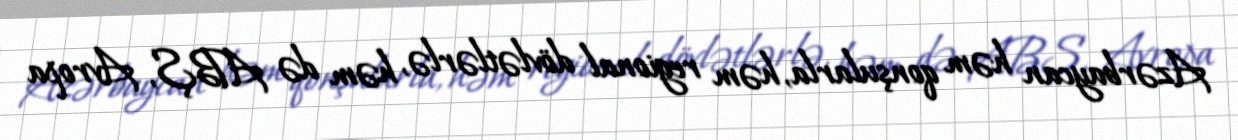
Azərbaycan həm qonşularla, həm regional dövlətlərlə, həm də ABŞ, Avropa